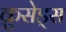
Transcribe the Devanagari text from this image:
क्रुसेड्स